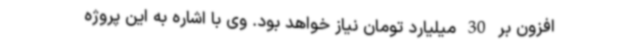
افزون بر 30 میلیارد تومان نیاز خواهد بود. وی با اشاره به این پروژه